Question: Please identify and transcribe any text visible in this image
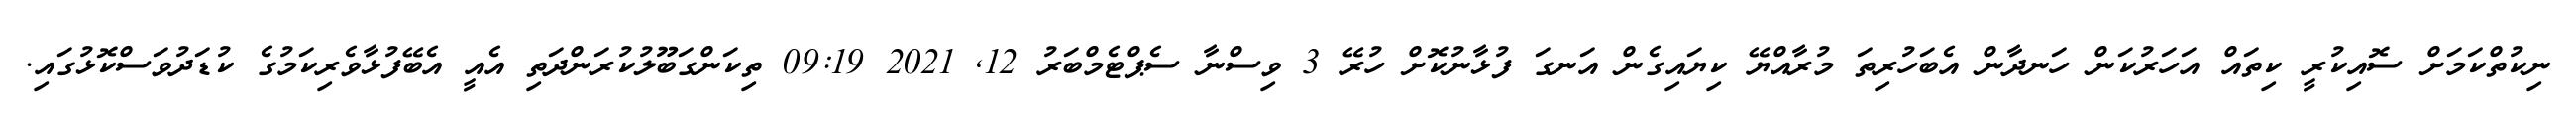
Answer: ނިކުތްކަމަށް ސޮއިކުރީ ކިތައް އަހަރުކަން ހަނދާން އެބަހުރިތަ މުރާއްޔޭ ކިޔައިގެން އަނގަ ފުޅާނުކޮށް ހުރޭ 3 ވިސްނާ ސެޕްޓެމްބަރު 12, 2021 09:19 ތިކަންގަބޫލުކުރަންދަތި އެއީ އެބޭފުޅާވެރިކަމުގެ ކުޑަދުވަސްކޮޅުގައި.